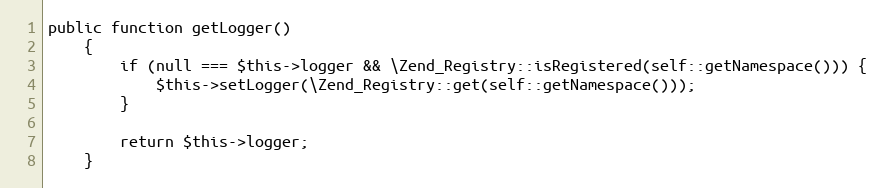
Language: PHP
public function getLogger()
    {
        if (null === $this->logger && \Zend_Registry::isRegistered(self::getNamespace())) {
            $this->setLogger(\Zend_Registry::get(self::getNamespace()));
        }

        return $this->logger;
    }